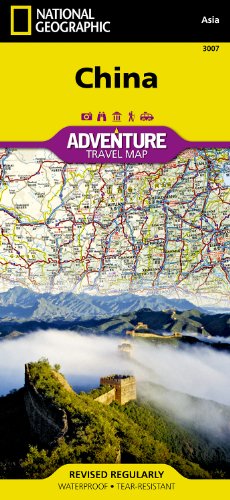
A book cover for China (National Geographic Adventure Map); National Geographic Maps - Adventure; Travel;